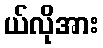
ယ်လိုအား